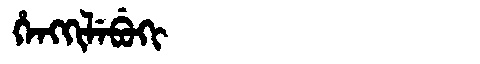
Manchu: ᡥᡝᠩᡴᡳᠯᡝᠪᡠᡴᡳ
Romanization: HENGKILEBUKI